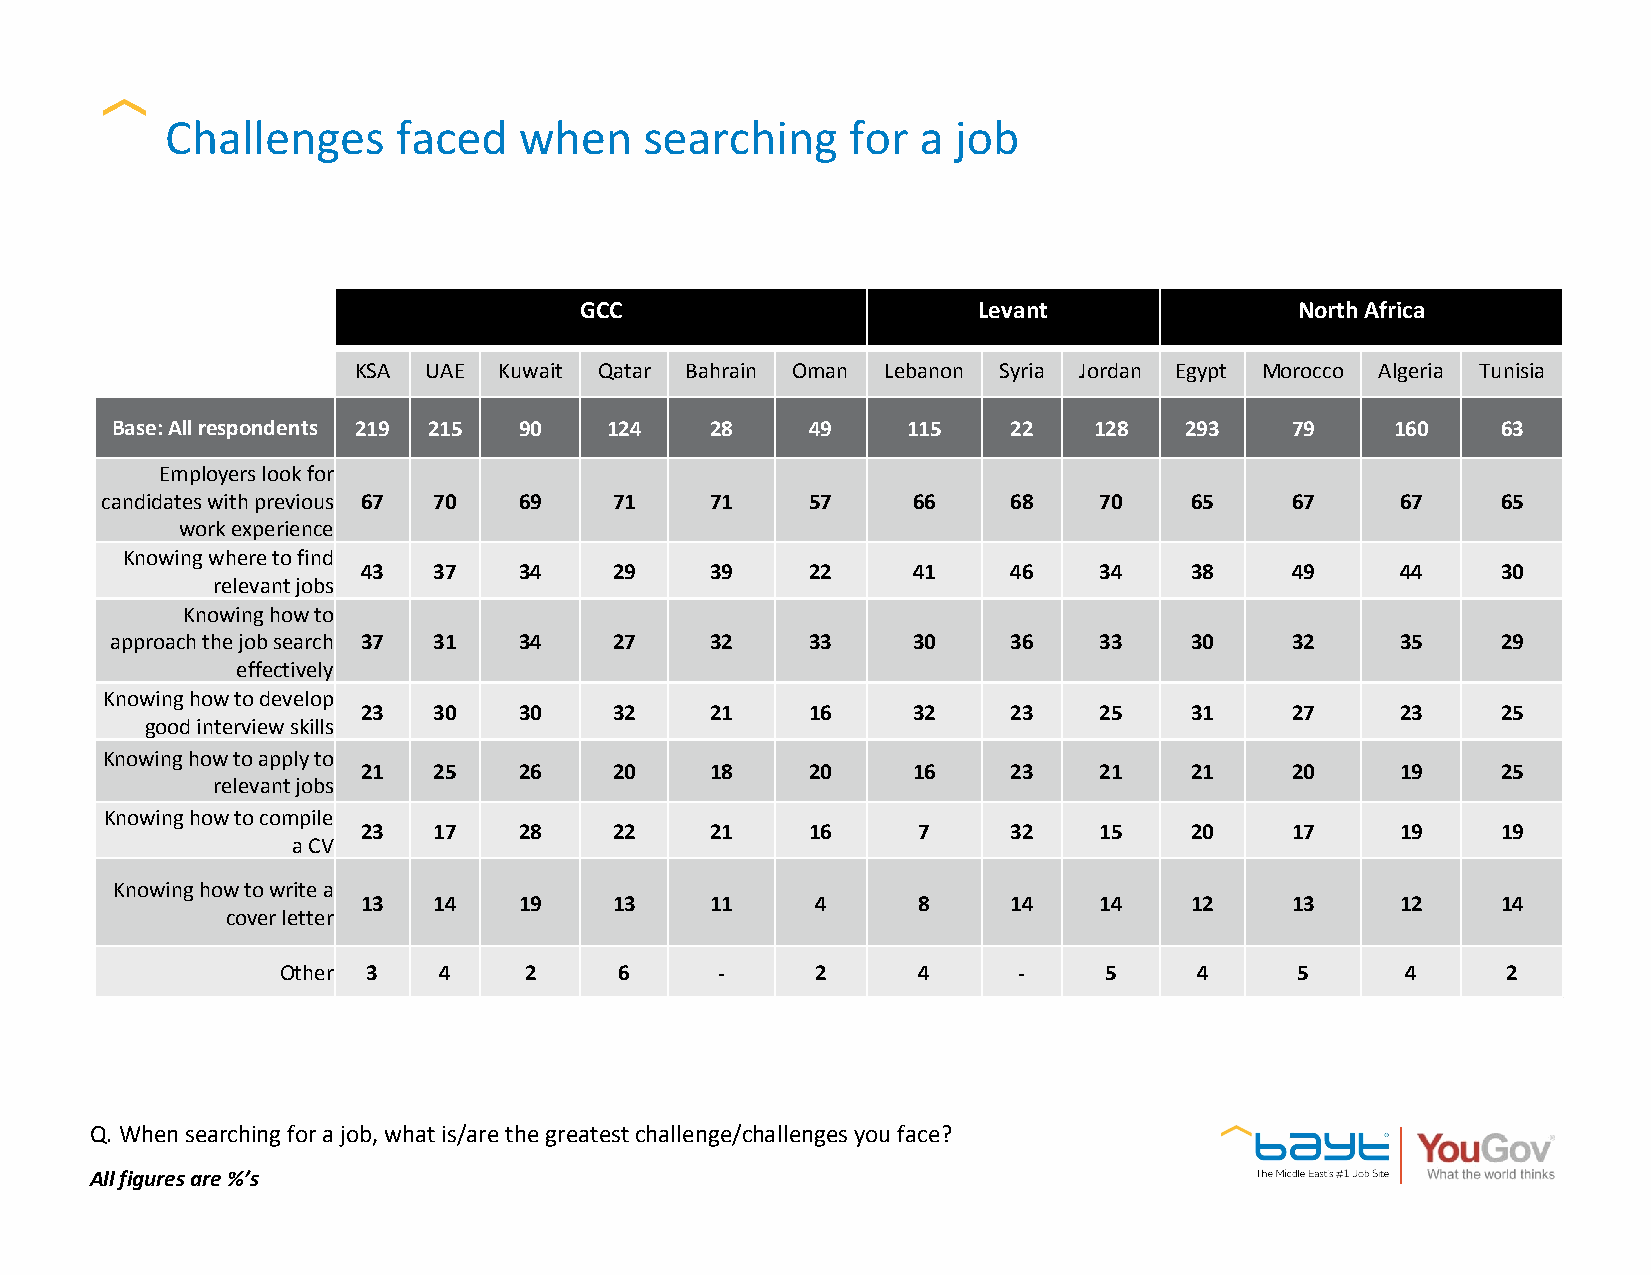
Challenges     faced   when     searching    for  a job
 GCC                        Levant               North Africa
 KSA  UAE  Kuwait Qatar Bahrain Oman Lebanon Syria Jordan Egypt Morocco Algeria Tunisia
 Base: All respondents 219 215 90 124    28     49    115    22   128   293    79     160    63
 Employers look for
 candidates with previous 67 70 69 71    71     57    66     68    70    65    67      67    65
 work experience
 Knowing where to find
 43   37   34     29    39     22    41     46    34    38    49      44    30
 relevant jobs
 Knowing how to
 approach the job search 37 31 34  27    32     33    30     36    33    30    32      35    29
 effectively
 Knowing how to develop
 23   30   30     32    21     16    32     23    25    31    27      23    25
 good interview skills
 Knowing how to apply to
 21   25   26     20    18     20    16     23    21    21    20      19    25
 relevant jobs
 Knowing how to compile
 23   17   28     22    21     16     7     32    15    20    17      19    19
 a CV
 Knowing how to write a
 13   14   19     13    11     4      8     14    14    12    13      12    14
 cover letter
 Other 3   4     2     6      -     2      4     -     5     4      5      4      2
 Q. When searching for a job, what is/are the greatest challenge/challenges you face?
 All figures are %’s